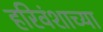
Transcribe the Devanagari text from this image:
हरिवंशाच्या